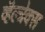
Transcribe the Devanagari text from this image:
व्हॅल्ट्रेक्स